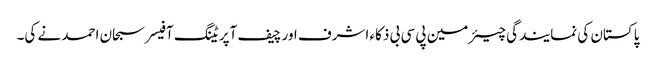
پاکستان کی نمایندگی چیئرمین پی سی بی ذکاء اشرف اور چیف آپریٹنگ آفیسر سبحان احمد نے کی۔